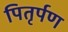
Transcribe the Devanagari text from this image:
पितृर्पण